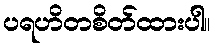
ပရဟိတစိတ်ထားပါ။